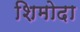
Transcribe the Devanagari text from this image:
शिमोदा